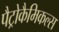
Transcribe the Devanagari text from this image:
पैट्रोकैमिकल्स